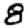
Digit: 8